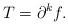
\begin{align*}T=\partial ^{k}f.\end{align*}